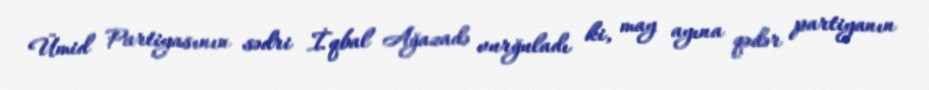
Ümid Partiyasının sədri İqbal Ağazadə vurğuladı ki, may ayına qədər partiyanın